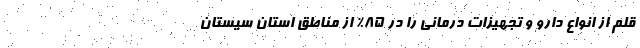
قلم از انواع دارو و تجهیزات درمانی را در 85% از مناطق استان سیستان